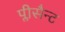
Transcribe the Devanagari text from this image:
प्लीसैन्ट